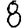
Digit: 8